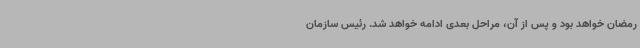
رمضان خواهد بود و پس از آن، مراحل بعدی ادامه خواهد شد. رئیس سازمان